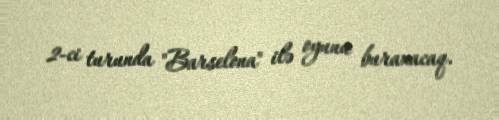
2-ci turunda "Barselona" ilə oyunu buraxacaq.